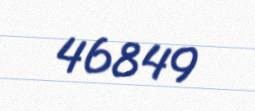
46849